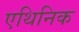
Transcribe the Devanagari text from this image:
एथिनिक